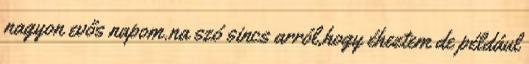
nagyon evős napom.na szó sincs arról,hogy éheztem de például